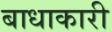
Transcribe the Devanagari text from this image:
बाधाकारी